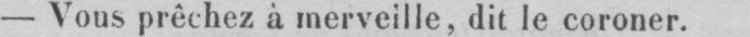
- Vous prêchez à merveille, dit le coroner.